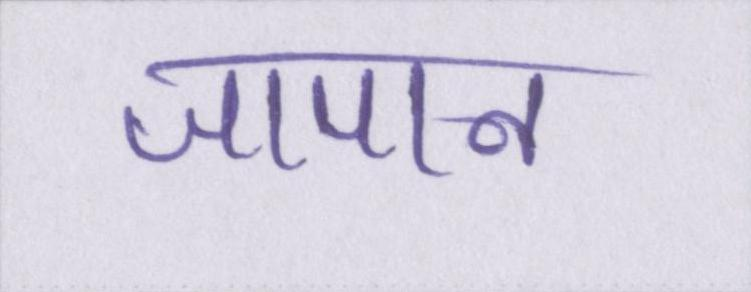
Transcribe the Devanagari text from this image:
जापान